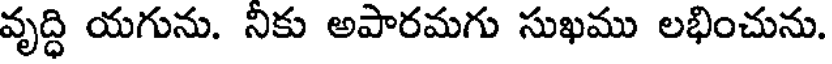
వృద్ధి యగును. నికు అపారమగు సుఖము లభించును.